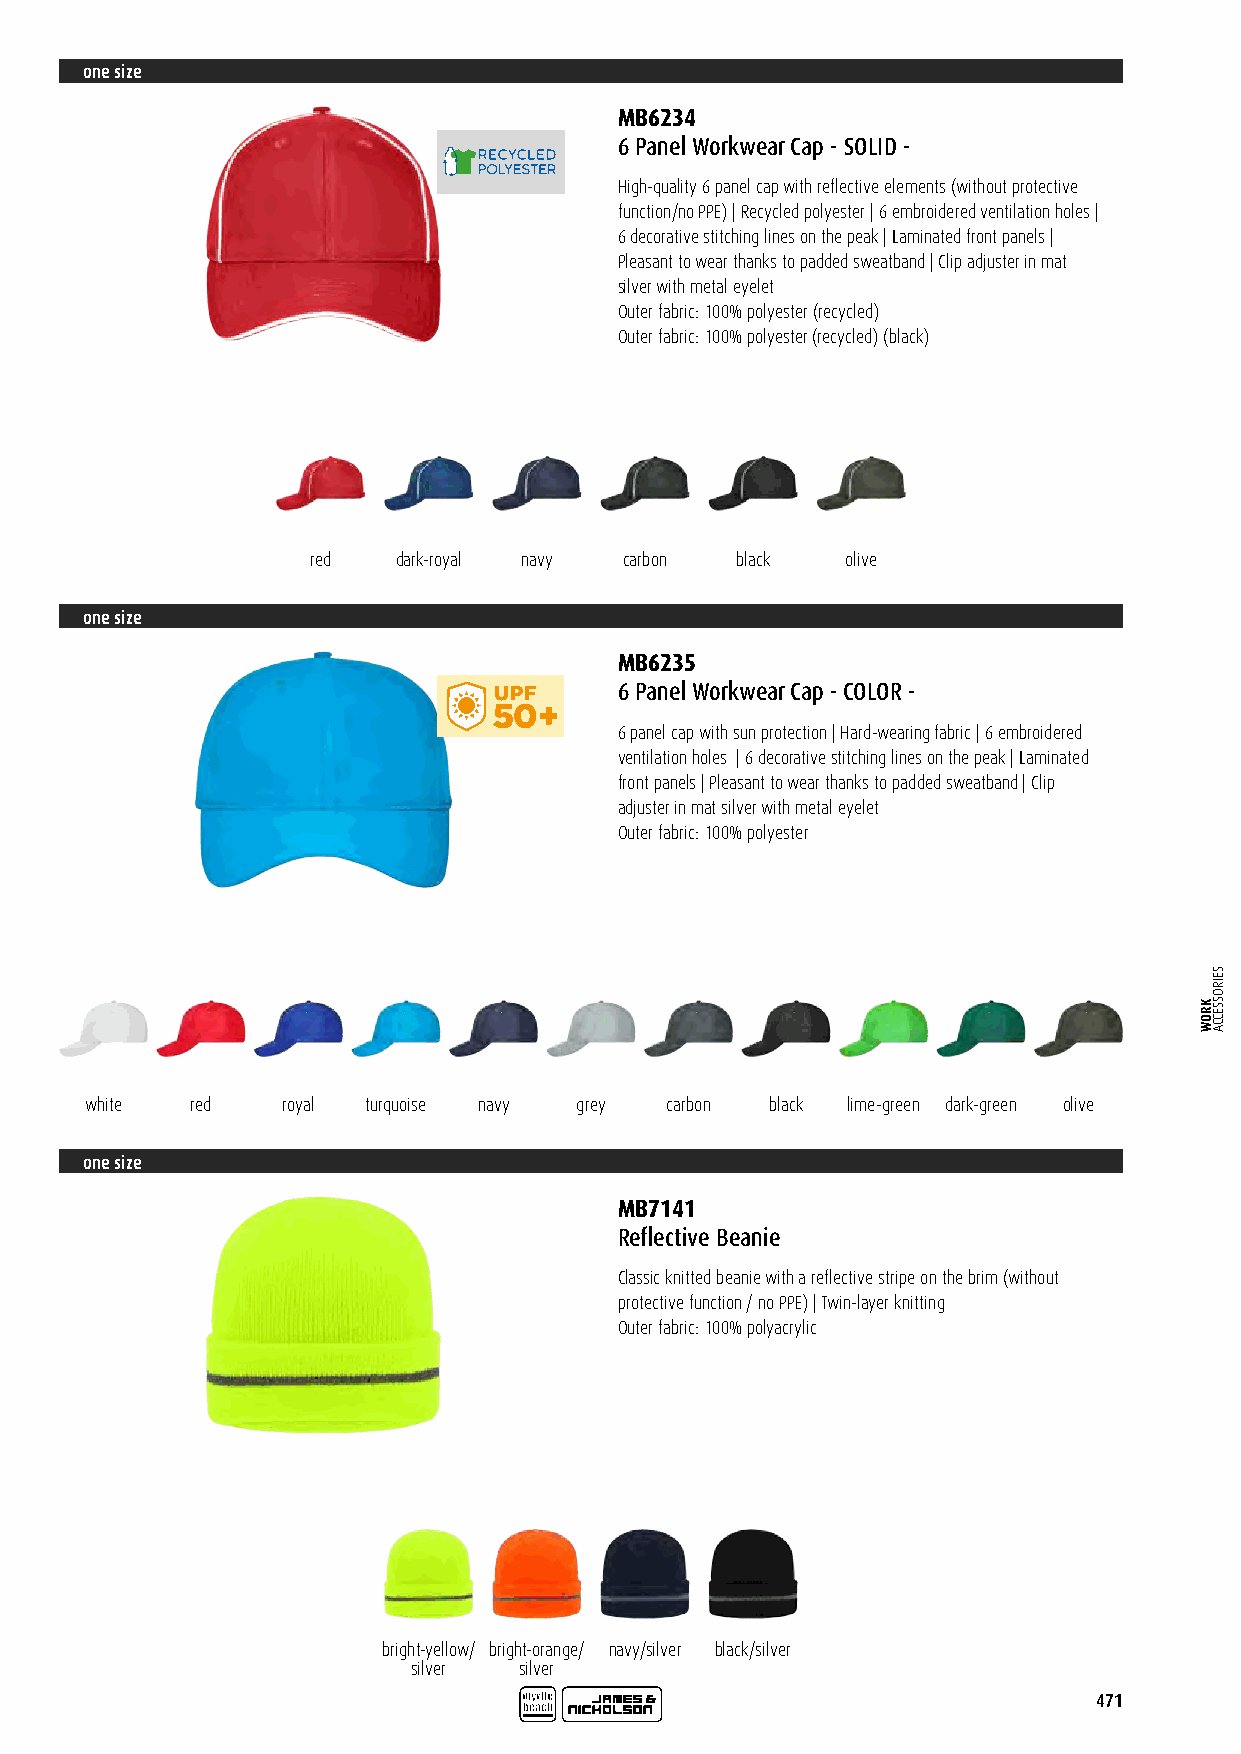
one size
 MB6234
 6 Panel Workwear Cap - SOLID -
 High-quality 6 panel cap with reflective elements (without protective
 function/no PPE) | Recycled polyester | 6 embroidered ventilation holes |
 6 decorative stitching lines on the peak | Laminated front panels |
 Pleasant to wear thanks to padded sweatband | Clip adjuster in mat
 silver with metal eyelet
 Outer fabric: 100% polyester (recycled)
 Outer fabric: 100% polyester (recycled) (black)
 red   dark-royal navy carbon black  olive
 one size
 MB6235
 6 Panel Workwear Cap - COLOR -
 6 panel cap with sun protection | Hard-wearing fabric | 6 embroidered
 ID120866 ventilation holes | 6 decorative stitching lines on the peak | Laminated
 front panels | Pleasant to wear thanks to padded sweatband | Clip
 adjuster in mat silver with metal eyelet
 Outer fabric: 100% polyester
 white  red   royal turquoise navy grey carbon black lime-green dark-green olive
 one size
 MB7141
 Reflective Beanie
 Classic knitted beanie with a reflective stripe on the brim (without
 protective function / no PPE) | Twin-layer knitting
 Outer fabric: 100% polyacrylic
 bright-yellow/ bright-orange/ navy/silver black/silver
 silver silver
 471
 KROW
 SEIROSSECCA